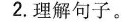
2.理解句子。